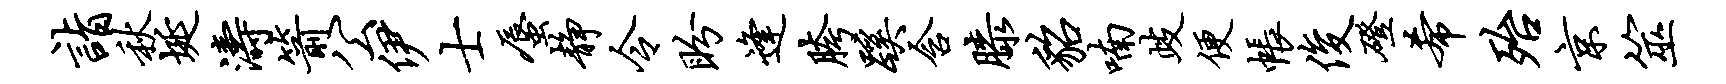
诣秋埏涛箭公伊士蜃静令盼逢胯蹊含膝貂喃歧便帐俊磴希殆京筮